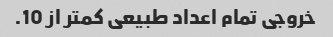
خروجی تمام اعداد طبیعی کمتر از 10.